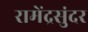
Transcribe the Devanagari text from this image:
रामेंद्रसुंदर